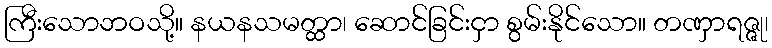
ကြီးသောဘဝသို့။ နယနသမတ္ထာ၊ ဆောင်ခြင်းငှာ စွမ်းနိုင်သော။ တဏှာရဇ္ဇု၊